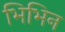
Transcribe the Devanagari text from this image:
भिभिन